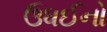
ઉધઈનો